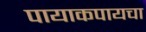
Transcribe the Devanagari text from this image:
पायाकपायचा